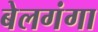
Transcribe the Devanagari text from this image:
बेलगंगा